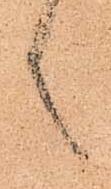
言